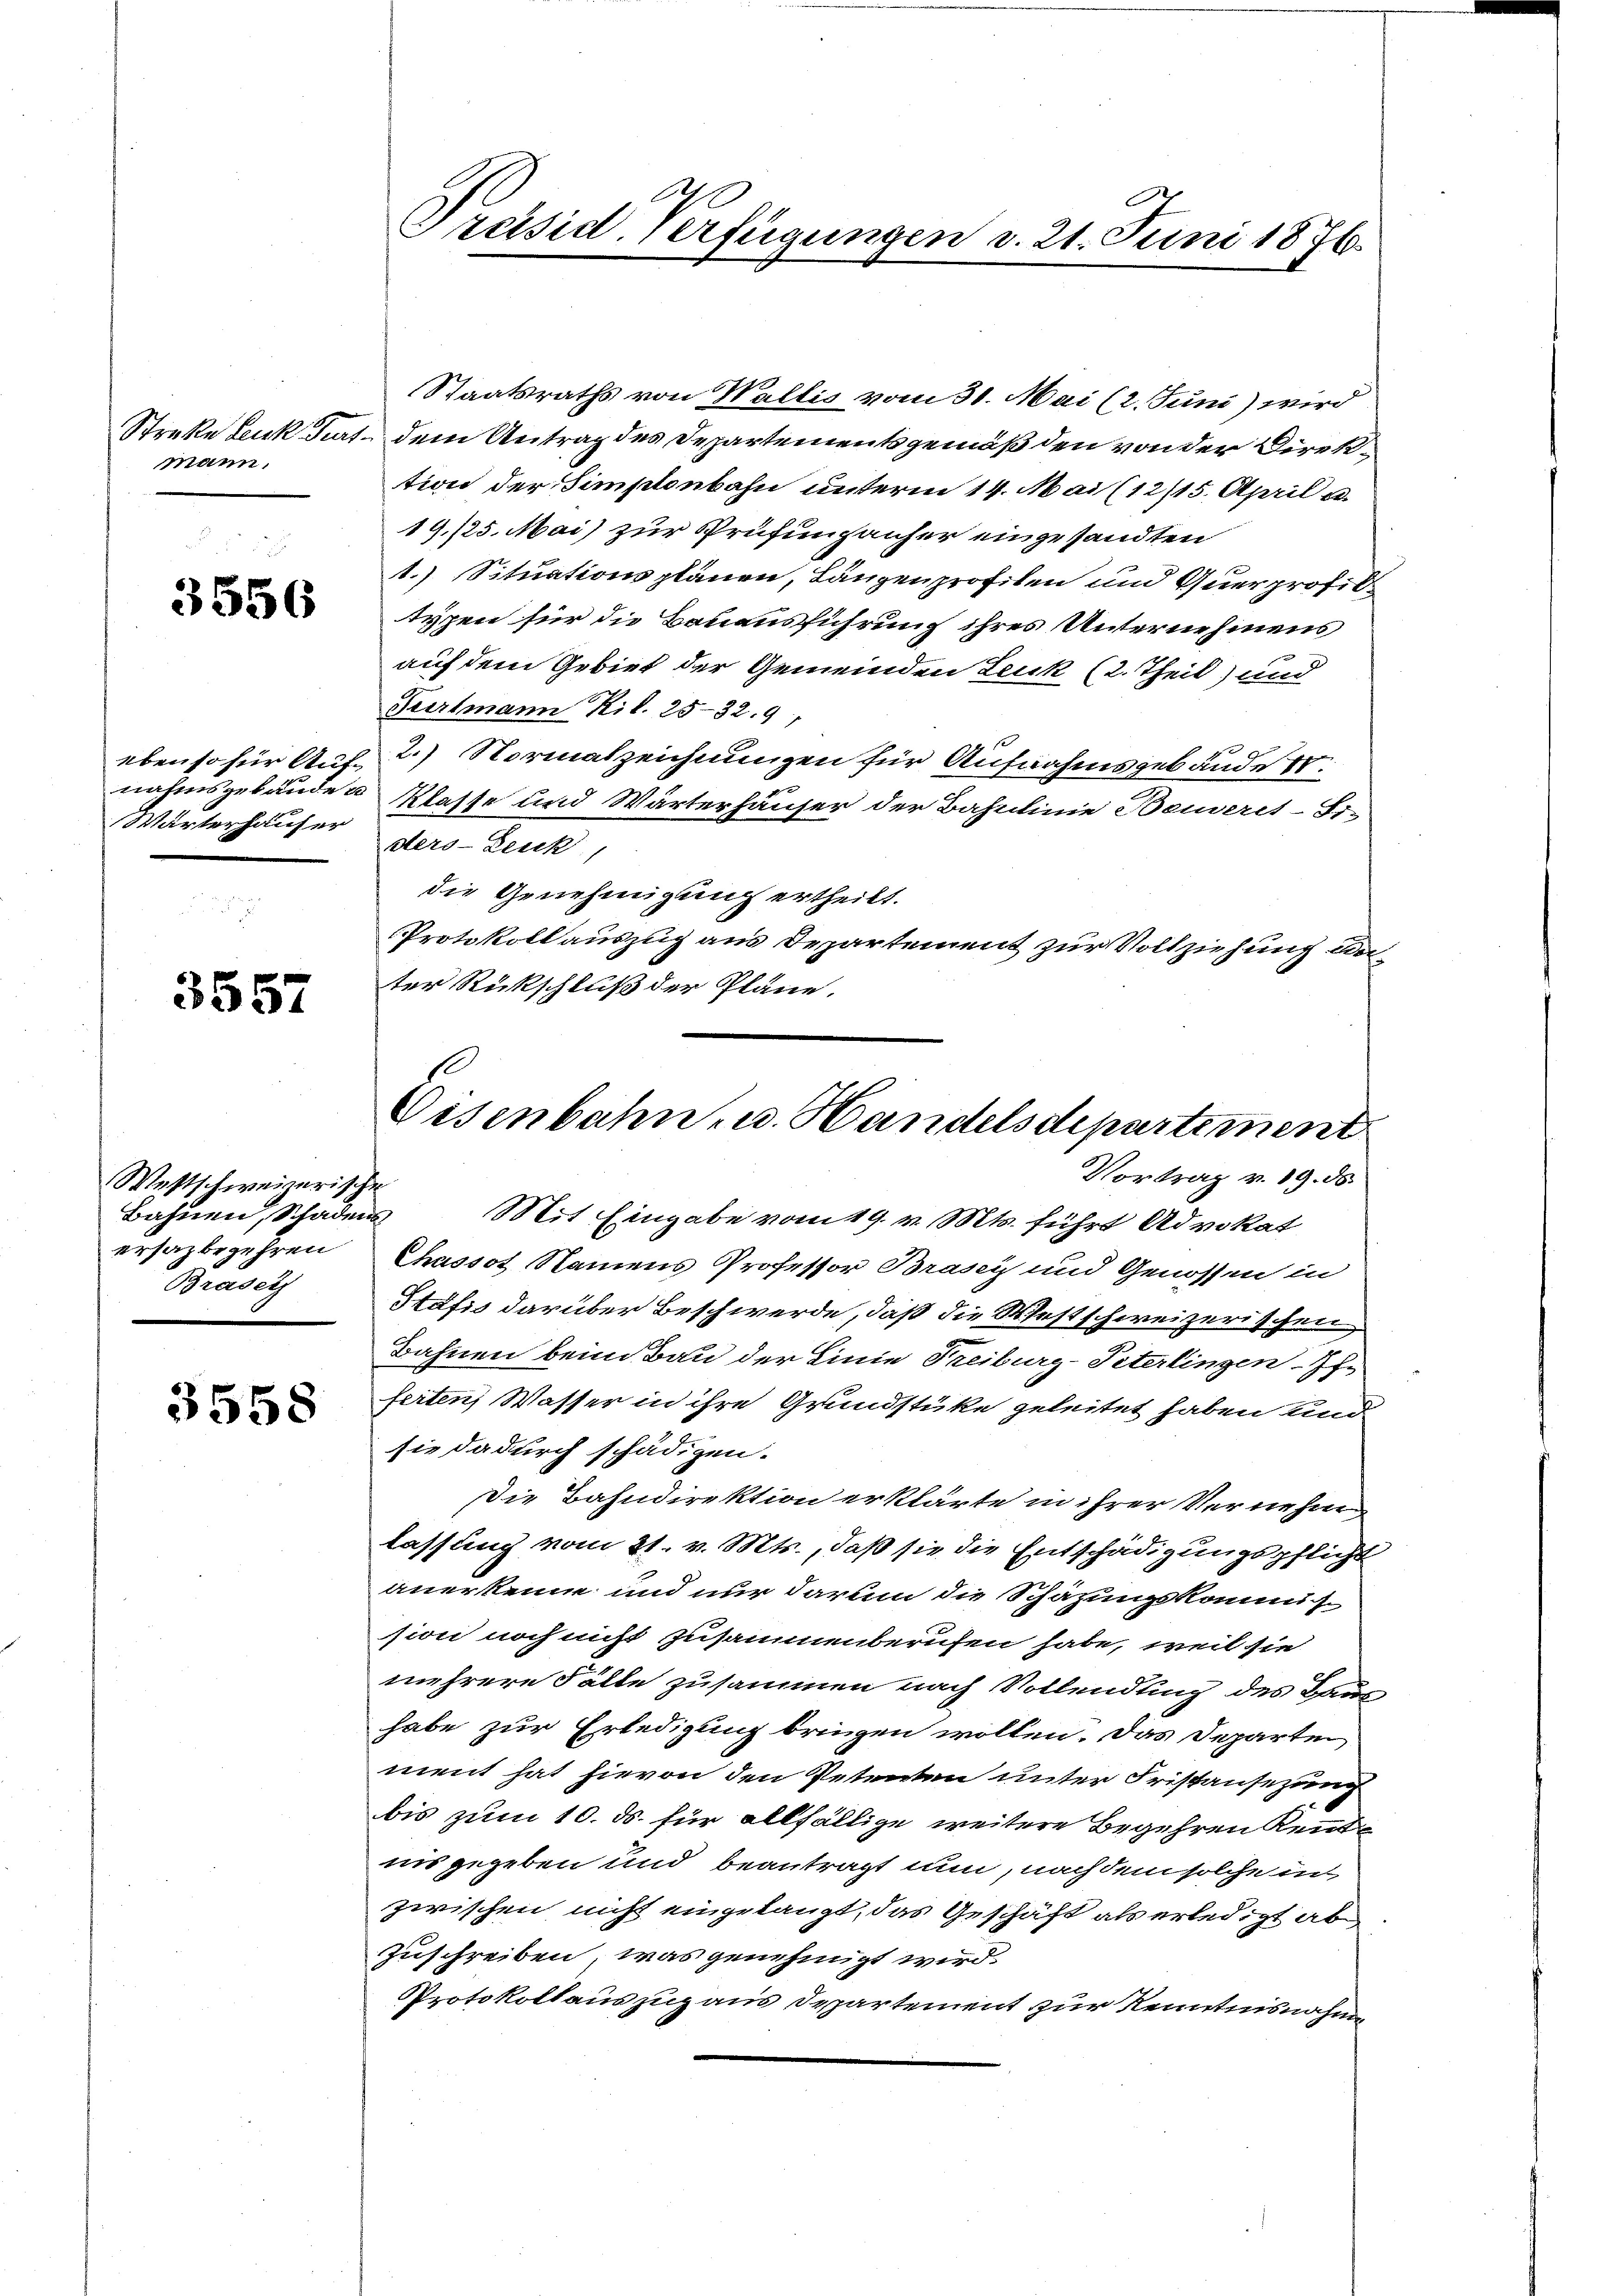
mann,

3556.

Wärterhäuser

3557

Westschweizerische
Bahnen, Schadens
ersazbegehren
Brasetz

3558

Präsid. Verfügungen d. 21. Juni 1876

Staatsraths von Wallis vom 31. Mai (2. Juni) wird
Streke Leuk Gurt, dem Antrag des Departementsgemäß den von der Direktion der Simplonbahn unterm 14. Mai (12/15. April a.
19./25. Mai zur Prüfung anher eingesandten
1.) Situationsplänen, Längenprofilen und Querprofiltypen für die Bauausführung ihres Unternehmens
auf dem Gebiet der Gemeinden Leuk (2. Theil) und
Seertmann Kil. 25-32. 9
ebenso für Auf- 2.) Normalzeichnungen für Aufnahmsgebäude
nahmsgebäuden Klasse und Wärterhäuser der Bahnlinie Beuserit-Si-
ders-Zeuk,
die Genehmigung ertheilt.
Protokoll auszug aus Departement zur Vollziehung anter Rückschluß der Pläne.

Eisenbahn- u. Handelsdepartement
Vortrag v. 19. ds.
Mit Eingabe vom 19. v. Mts. führt Advokat

Chassot Namens Professor Brasey und Genossen in
Stafis darüber Beschwerde, daß die Westschweizerischen
Bahnen beim Bau der Linie Treiburg-Peterlingen-If-
ferten Wasser in ihre Grundstüke geleitet haben und
sie dadurch schädigen.
Die Bahndirektion erklärte in ihrer Vernehm
lassung vom 21. v. Mts., daß sie die Entschädigungspflicht
anerkenne und nur darum die Schäzungskommision noch nicht zusammenberufen habe, weil sie
mehrere Fälle zusammen nach Vollendling des Haus
habe zur Erledigung bringen wollen. Das Departen
ment hat hievon den Petenten unter Fristansezung
bis zum 10. ds. für allfällige weitere Begehren Kennt
nis gegeben und beantragt nun, nachdem solche in
zwischen nicht eingelangt, das Geschäft als erledigt abe
Zuschreiben, was genehmigt wird.
Protokollauszug aus Departement zur Kenntnisnahme